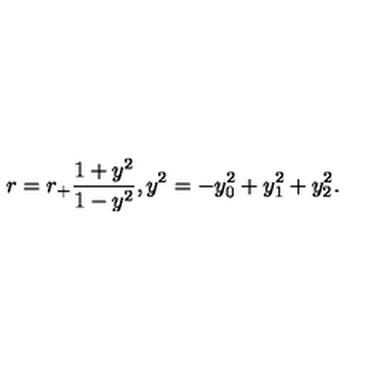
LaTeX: r = r _ { + } \frac { 1 + y ^ { 2 } } { 1 - y ^ { 2 } } , y ^ { 2 } = - y _ { 0 } ^ { 2 } + y _ { 1 } ^ { 2 } + y _ { 2 } ^ { 2 } .